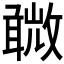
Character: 𣀋